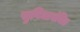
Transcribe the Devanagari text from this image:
सुविधावंचित